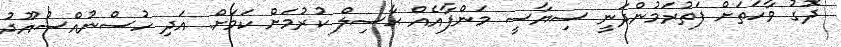
ދޮގު ވާހަތަށް ފަތުރަމުންދަނީ ސިޔާސީ މަންފާއެއް ޙާާސިލް ކުރުމަށް ކަމަށް. އަދި ހުސްނުއްސުއޫދު